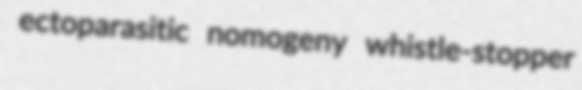
ectoparasitic nomogeny whistle-stopper